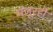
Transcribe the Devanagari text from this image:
मंजूरही